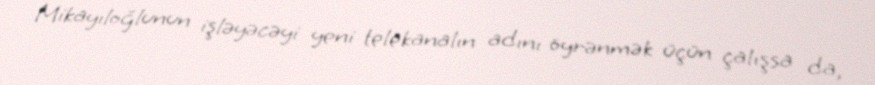
Mikayıloğlunun işləyəcəyi yeni telekanalın adını öyrənmək üçün çalışsa da,